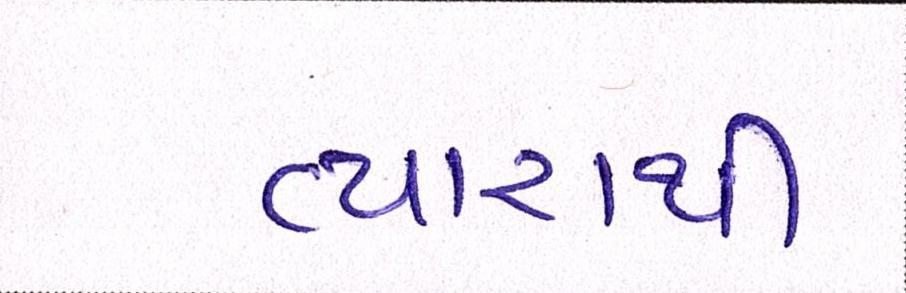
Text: વ્યારાથી